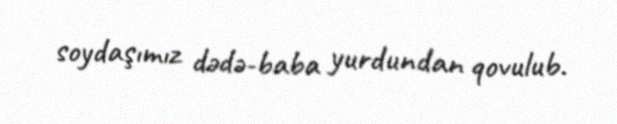
soydaşımız dədə-baba yurdundan qovulub.